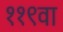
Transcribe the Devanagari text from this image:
११९वा